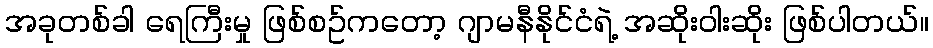
အခုတစ်ခါ ရေကြီးမှု ဖြစ်စဥ်ကတော့ ဂျာမနီနိုင်ငံရဲ့ အဆိုးဝါးဆိုး ဖြစ်ပါတယ်။